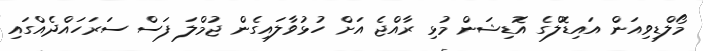
މޯލްޑިވިއަން އައިޑޮލްގެ އޮޑިޝަން މުޅި ރާއްޖެ އަށް ހުޅުވާލައިގެން ޖުމްލަ ފަސް ސަރަހައްދެއްގައި